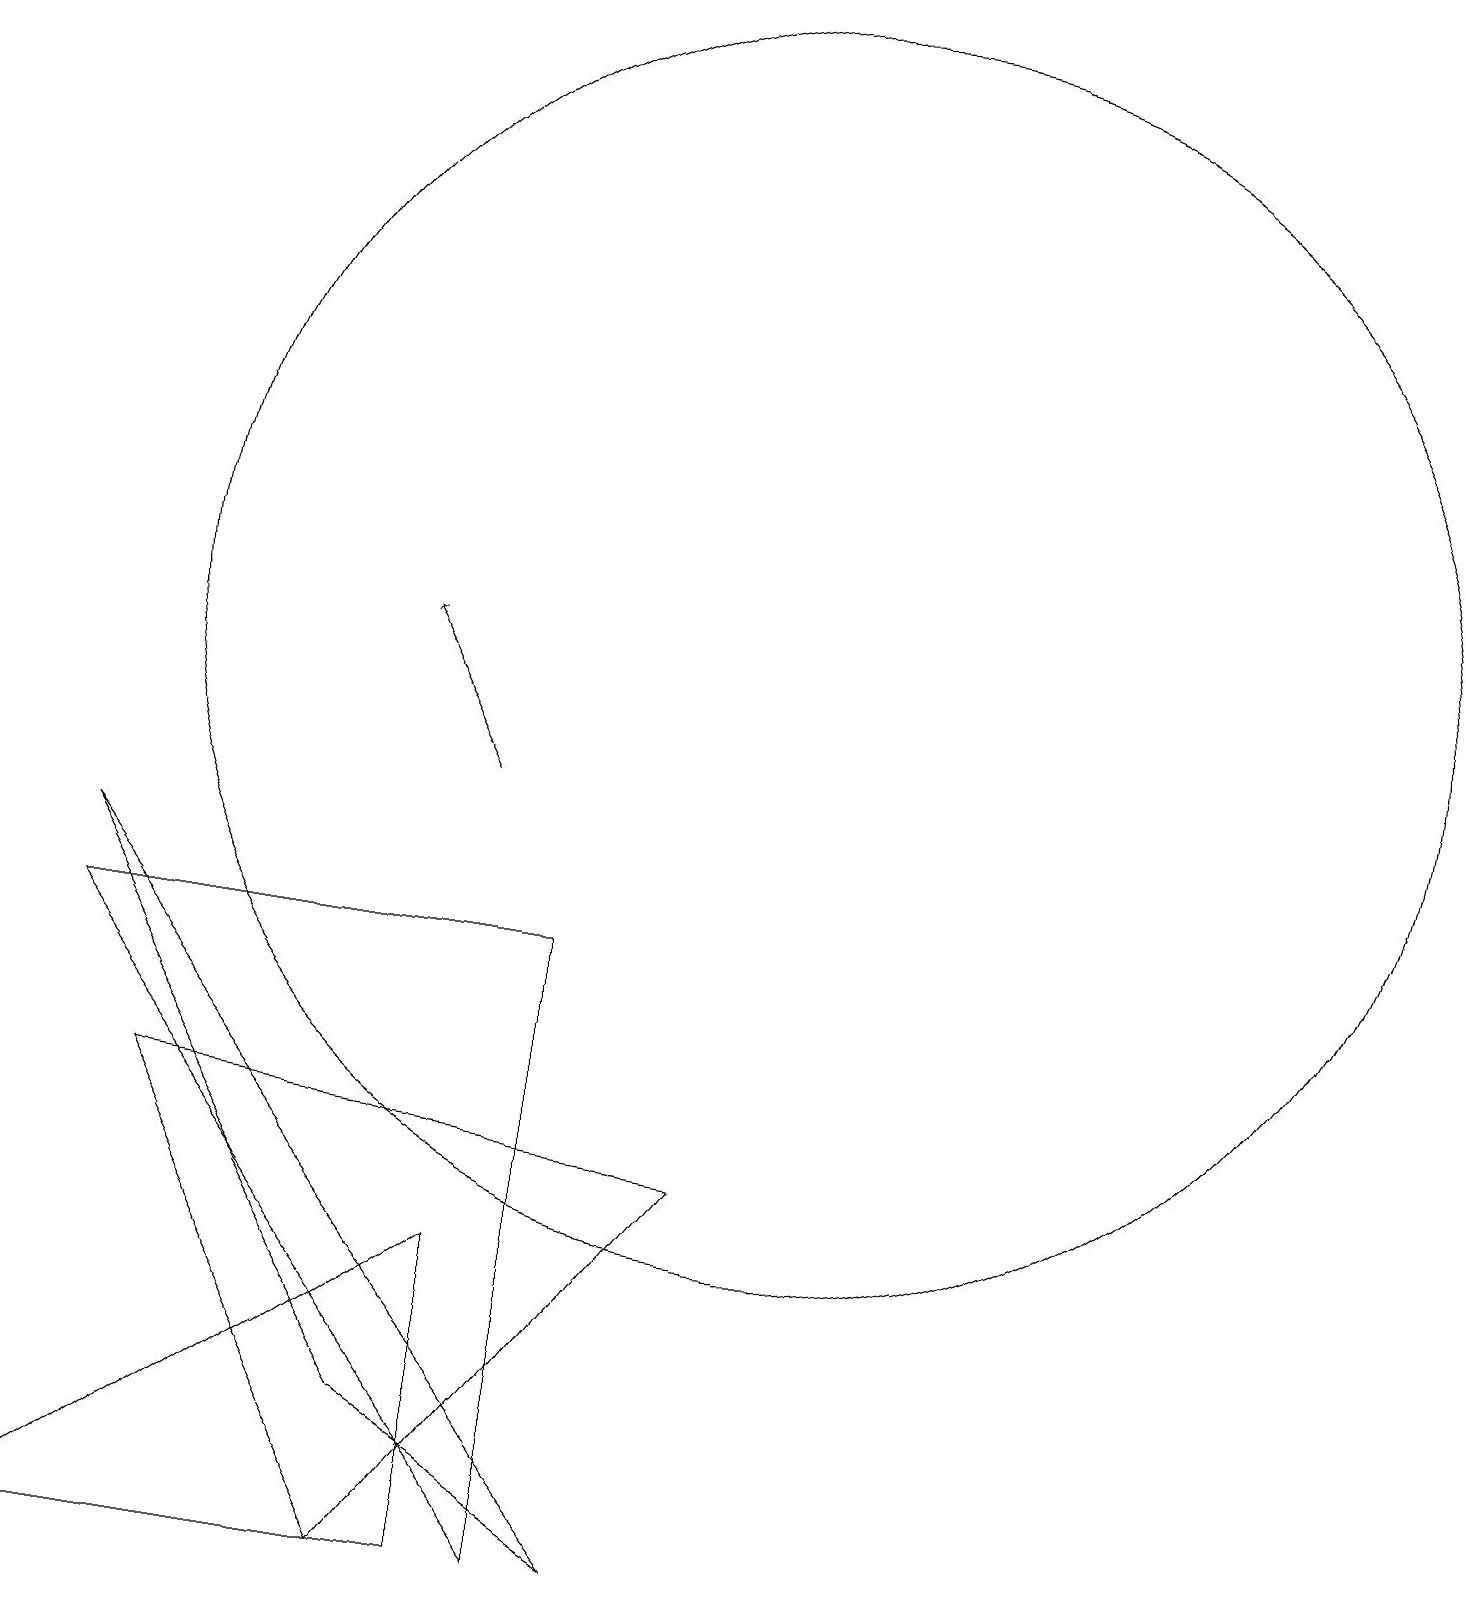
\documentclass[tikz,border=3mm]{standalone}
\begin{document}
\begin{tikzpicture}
\draw[->] (6,10) -- (5,12);
\draw (9,5) -- (5,0) -- (2,6) -- cycle;
\draw (6,4) -- (6,0) -- (0,0) -- cycle;
\draw (5,2) -- (8,0) -- (1,9) -- cycle;
\draw (7,0) -- (1,8) -- (7,8) -- cycle;
\draw (10,12) circle (8);
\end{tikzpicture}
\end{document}